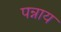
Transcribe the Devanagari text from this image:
पन्नाय